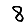
Digit: 8